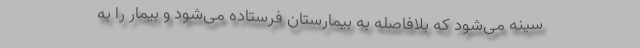
سینه می‌شود که بلافاصله به بیمارستان فرستاده می‌شود و بیمار را به